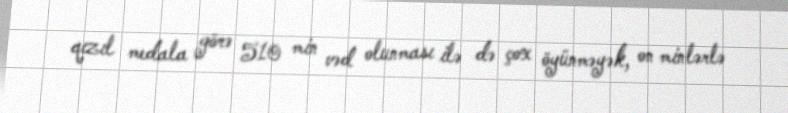
qızıl medala görə 510 min vəd olunması ilə də çox öyünməyək, on minlərlə